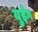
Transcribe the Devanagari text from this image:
युईंग